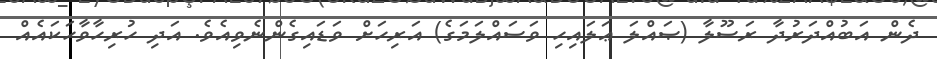
ދެން އަބުއްދަރުދާ ރަސޫލާ (ޞައްލަ ޢަލައިހި ވަސައްލަމަގެ) އަރިހަށް ވަޑައިގެންނެވިއެވެ. އަދި ހުރިހާވާހަކައެއް